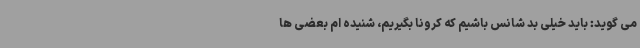
می گوید: باید خیلی بد شانس باشیم که کرونا بگیریم، شنیده ام بعضی ها